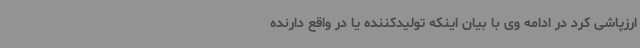
ارزپاشی کرد در ادامه وی با بیان اینکه تولیدکننده یا در واقع دارنده